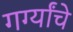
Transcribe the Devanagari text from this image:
गर्ग्यांचे